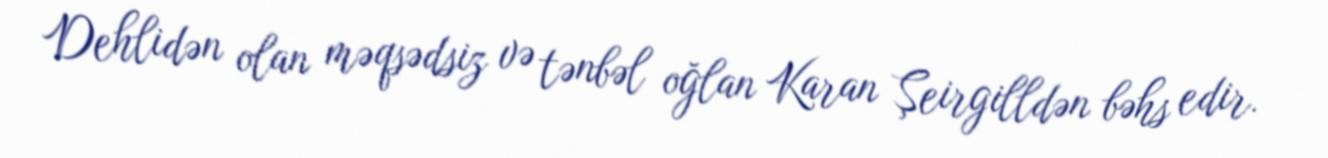
Dehlidən olan məqsədsiz və tənbəl oğlan Karan Şeirgilldən bəhs edir.